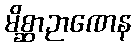
မိစ္ဆာဉာဏေန